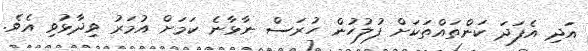
އަދި އެފަދަ ކަންތައްތަކަަށް ފުލުހުން ހުރަސް ނާޅާނެ ކަމަށް އުމަރު ވިދާޅުވި އެވެ.